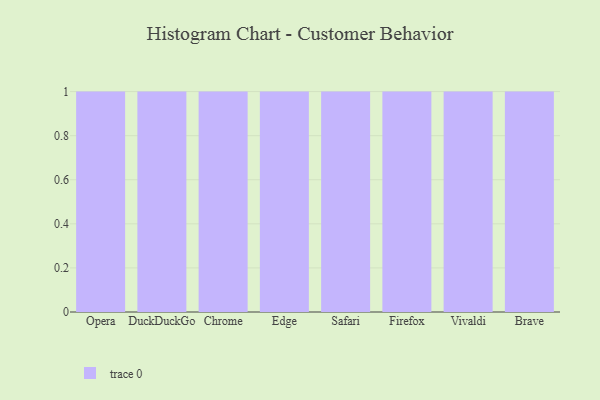
{"axis": {"x": "Browser", "y": "Operating Costs (USD K)"}, "legend": [""], "data": [{"x": "Opera", "y": 11, "type": ""}, {"x": "DuckDuckGo", "y": 82, "type": ""}, {"x": "Chrome", "y": 33, "type": ""}, {"x": "Edge", "y": 39, "type": ""}, {"x": "Safari", "y": 57, "type": ""}, {"x": "Firefox", "y": 27, "type": ""}, {"x": "Vivaldi", "y": 79, "type": ""}, {"x": "Brave", "y": 46, "type": ""}]}